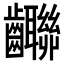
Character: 𪚄